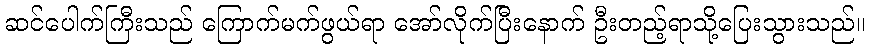
ဆင်ပေါက်ကြီးသည် ကြောက်မက်ဖွယ်ရာ အော်လိုက်ပြီးနောက် ဦးတည့်ရာသို့ပြေးသွားသည်။